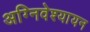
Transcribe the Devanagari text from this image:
अग्निवेश्यायन